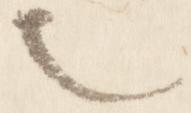
也